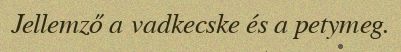
Jellemző a vadkecske és a petymeg.